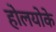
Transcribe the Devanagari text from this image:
होलयोके